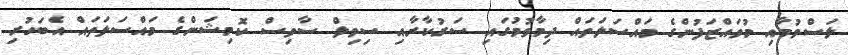
ލަސްވުމާއި މުވައްޒަފުންގެ މައްސަލަތައް ދިމާވުމުގައި ސަރުކާރާއި ސިވިލް ސާވިސް ކޮމިޝަންގެ މައްސަލަތައް އެބަހުރި